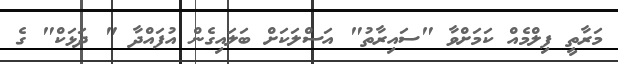
މަރާތީ ފިލްމެއް ކަމަށްވާ "ސައިރާތު" އަސްލަކަށް ބަލައިގެން އުފައްދާ " ދަޅަކް" ގެ